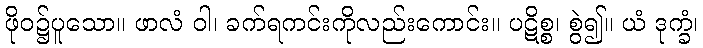
ဖိုဝ၌ပူသော။ ဖာလံ ဝါ၊ ခက်ရကင်းကိုလည်းကောင်း။ ပဋိစ္စ၊ စွဲ၍။ ယံ ဒုက္ခံ၊